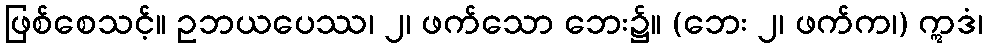
ဖြစ်စေသင့်။ ဥဘယပေဿ၊ ၂၊ ဖက်သော ဘေး၌။ (ဘေး ၂၊ ဖက်က၊) ဣဒံ၊